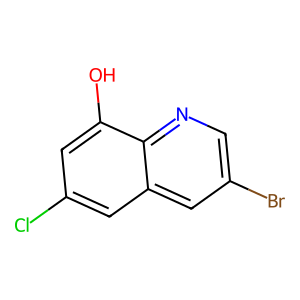
SMILES: Oc1cc(Cl)cc2cc(Br)cnc12
Inhibits HIV replication: No